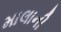
માલાની